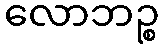
လောဘဉ္စ